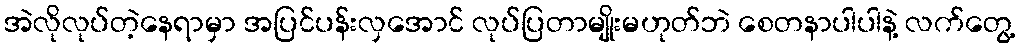
အဲလိုလုပ်တဲ့နေရာမှာ အပြင်ပန်းလှအောင် လုပ်ပြတာမျိုးမဟုတ်ဘဲ စေတနာပါပါနဲ့ လက်တွေ့